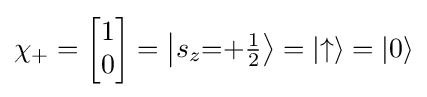
\chi _{+}={\begin{bmatrix}1\\0\end{bmatrix}}=\left\vert {s_{z}{=}{+\textstyle {\frac {1}{2}}}}\right\rangle =|{\uparrow }\rangle =|0\rangle